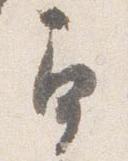
角